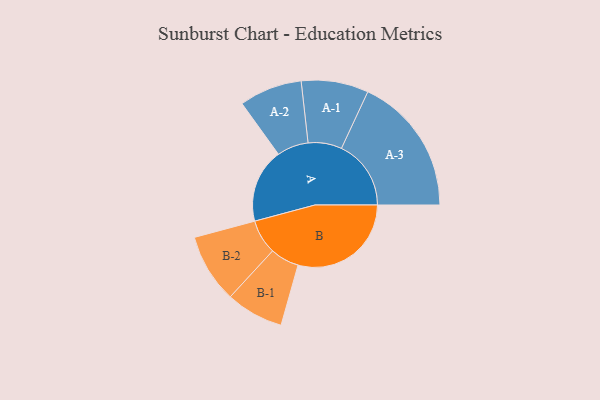
{"axis": {"x": "Segment", "y": "Value"}, "legend": ["", "A", "B"], "data": [{"x": "A", "y": 311, "type": ""}, {"x": "B", "y": 475, "type": ""}, {"x": "A-1", "y": 141, "type": "A"}, {"x": "A-2", "y": 132, "type": "A"}, {"x": "A-3", "y": 292, "type": "A"}, {"x": "B-1", "y": 121, "type": "B"}, {"x": "B-2", "y": 145, "type": "B"}]}